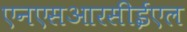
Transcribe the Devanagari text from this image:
एनएसआरसीईएल